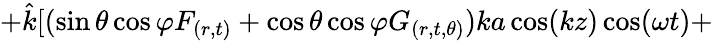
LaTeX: +\hat{k}[(\sin\theta\cos\varphi F_{(r,t)}+\cos\theta\cos\varphi G_{(r,t,\theta)})ka\cos(kz)\cos(\omega t)+